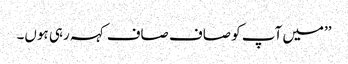
’’میں آپ کو صاف صاف کہہ رہی ہوں۔